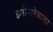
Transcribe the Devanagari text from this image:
झ्वोनारेवाला